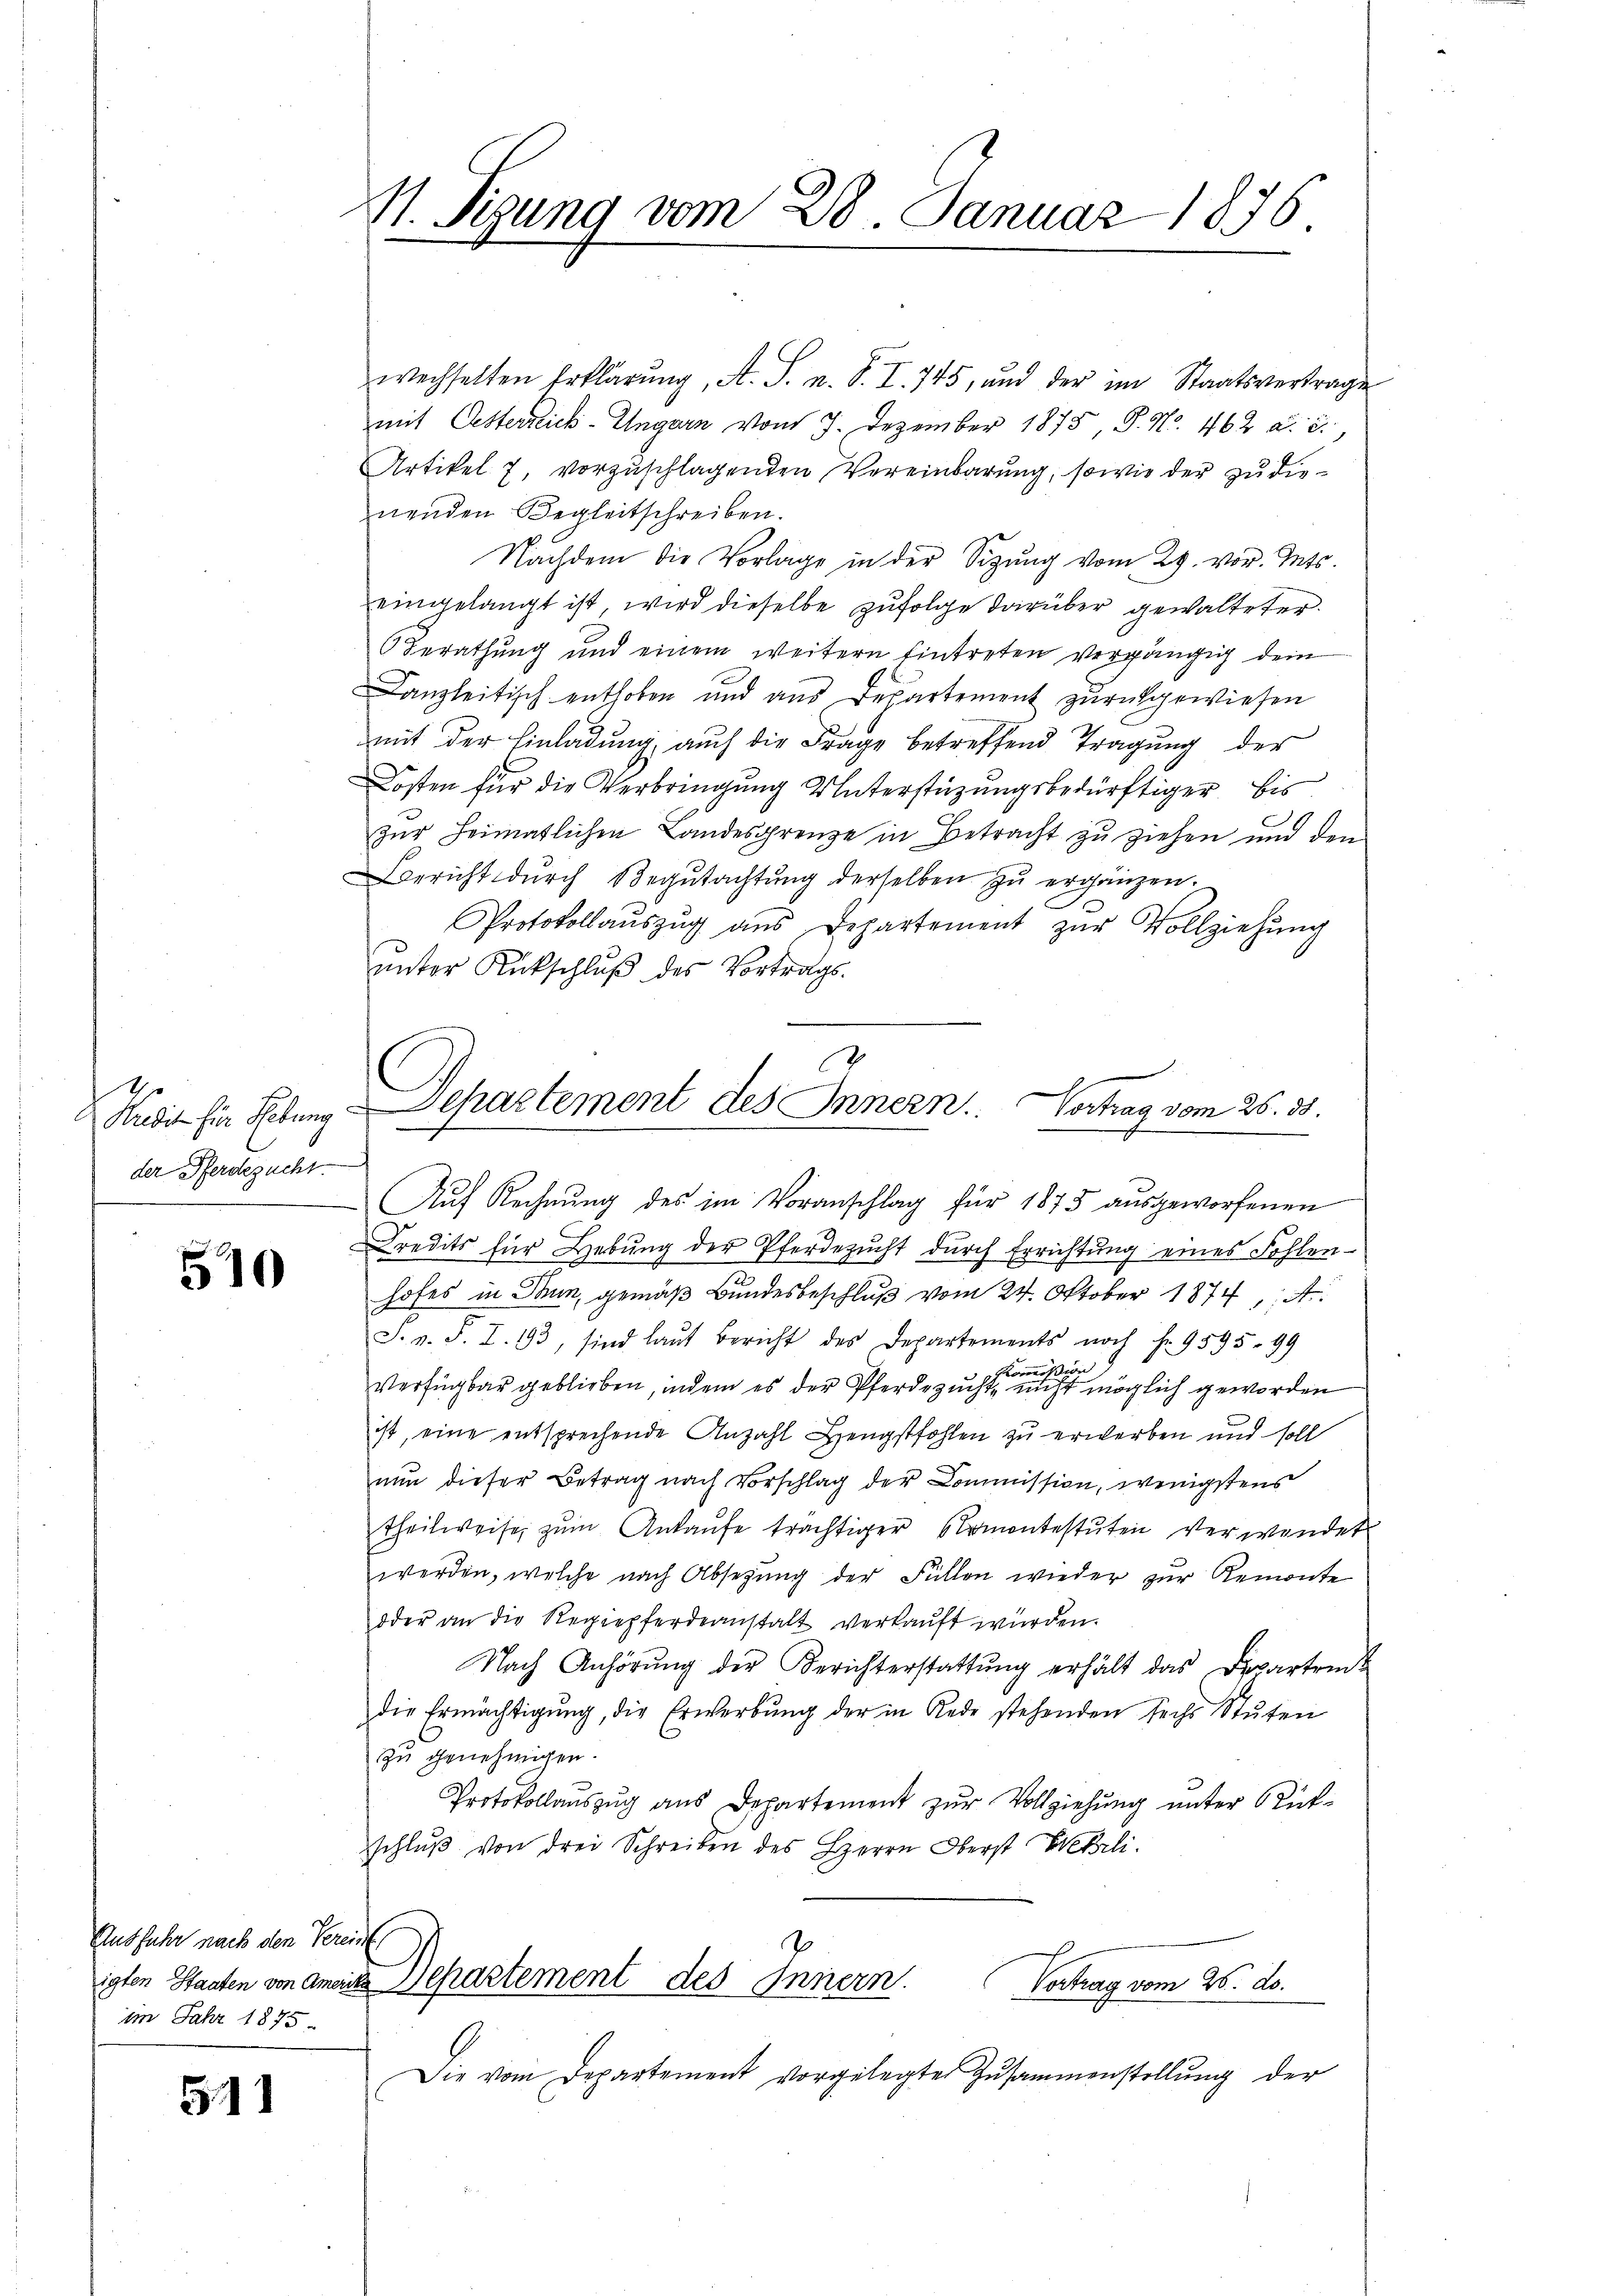
Kredit für Hebung
der Pferdezucht.

510

Ausfuhr nach den Vereint,
im Jahr 1875.

511

M. Sigung vom 28. Januar 1876

wechselten Erklärŭng, A. S. u. S. I. 745, und der im Staatsvertrage
mit Oesterreich-Ungarn vom 7. Dezember 1875, S. Nr. 462 a. c.
Artikel 7, vorzuschlagenden Vereinbarung, sowie der zu dienenden Begleitschreiben.
Nachdem die Vorlage in der Sitzŭng vom 29. vor. Mts.
eingelangt ist, wird dieselbe zufolge darüber gewalteter.
Berathung und einem weitern Eintreten vergängig dein
Canzleitisch enthoben und aus Departement zurückgewiesen
mit der Einladung auch die Frage betreffend Tragung der
Kosten für die Verbringung Unterstüzungsbedürftiger bis
zur Heimatlichen Landesgrenze in Betracht zu ziehen und den
Bericht dŭrch Begŭtachtŭng derselben zŭ ergänzen.
Protokollaŭszŭg ans Departement zŭr Vollziehŭng
unter Rückschluß des Vortrags¬
.
Auf Rechnung des im Voranschlag für 1875 ausgeworfenen
Credits für Hebŭng der Pferdezŭcht dŭrch Errichtŭng eines Fohlen-
hofes in Thun, gemäß Bundesbeschluß vom 24. Oktober 1874, A
S. v. S. I. 193, sind laut Bericht des Departements noch f. 9595. 99
Kommißion
Verfügbar geblieben, indem es der Pferdezucht, nicht möglich geworden
ist, eine entsprechende Anzahl Hengstfohlen zu erwerben und soll
nun dieser Betrag nach Vorschlag der Commission, wenigstens
theilweise zŭm Ankaŭfe trächtiger Namentestŭten verwendet
werden, welche nach Absetzŭng der Füllen wieder zur Remonte
oder an die Regiepferdeanstalt verkaŭft wurden.
Nach Anhörung der Berichterstattung erhält das Departeit
die Ermächtigŭng, die Erwerbŭng der in Rede stehenden sechs Stŭten
zu genehmigen.
Protokollauszug aus Departement zur Vollziehung unter Rükschlŭβ von drei Schreiben des Herrn Oberst Wehrli
.
igten Staaten von Ameine Separtement des Innern.
Vertrag vom 25. d.
Die vom Departement vorgelegte Zusammenstellŭng der

Separtement des Innern. Vortrag vom 26. 35.